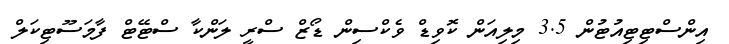
އިންސްޓިޓިއުޓުން 3.5 މިލިއަން ކޮވިޑް ވެކްސިން ޑޯޒް ސްރީ ލަންކާ ސްޓޭޓް ފާމަސޫޓިކަލް